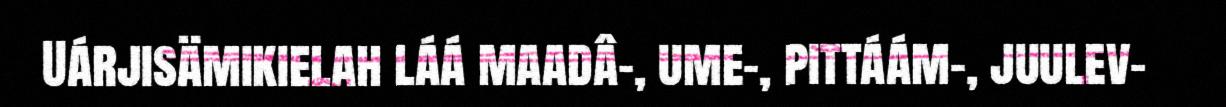
Uárjisämikielah láá maadâ-, ume-, pittáám-, juulev-